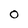
Character: O